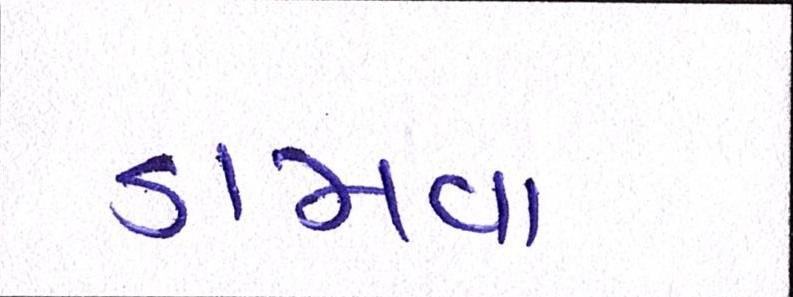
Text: ડામવા